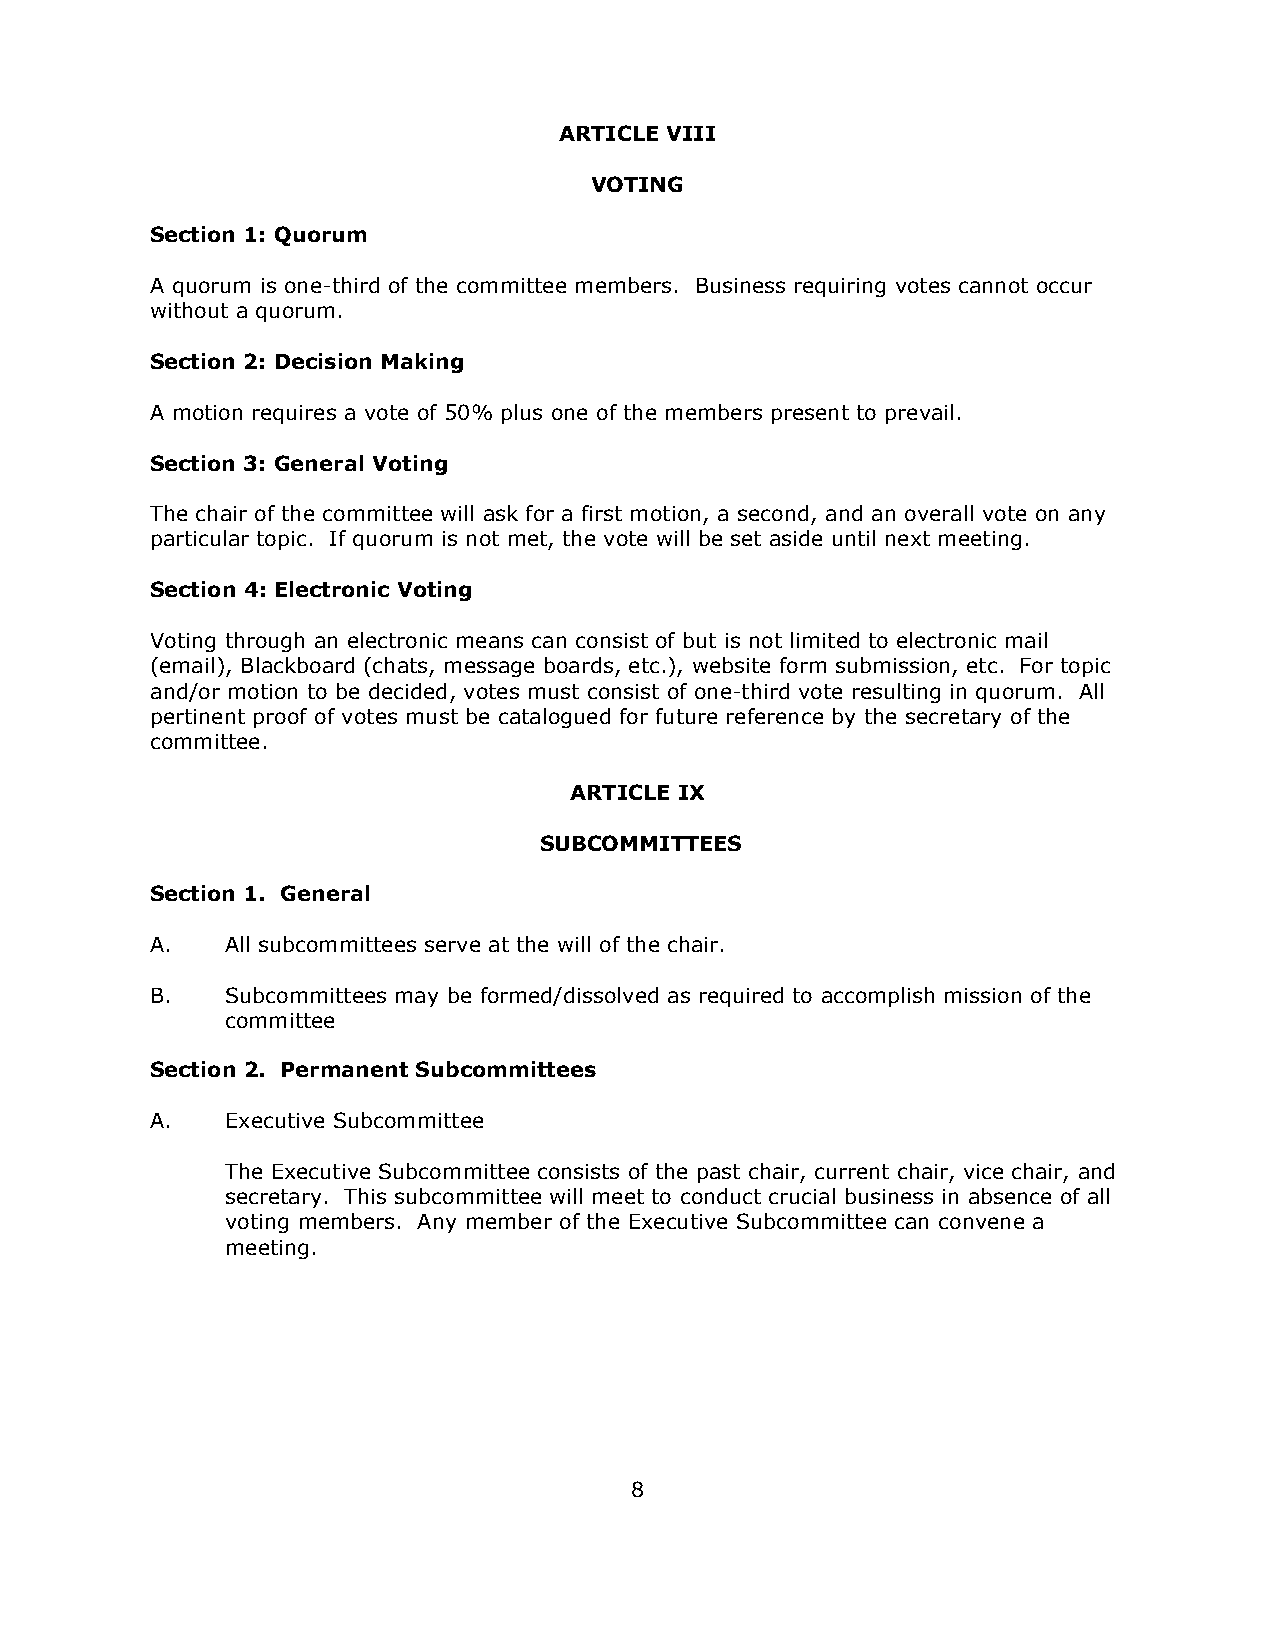
ARTICLE VIII
 VOTING
 Section 1: Quorum
 A quorum is one-third of the committee members. Business requiring votes cannot occur
 without a quorum.
 Section 2: Decision Making
 A motion requires a vote of 50% plus one of the members present to prevail.
 Section 3: General Voting
 The chair of the committee will ask for a first motion, a second, and an overall vote on any
 particular topic. If quorum is not met, the vote will be set aside until next meeting.
 Section 4: Electronic Voting
 Voting through an electronic means can consist of but is not limited to electronic mail
 (email), Blackboard (chats, message boards, etc.), website form submission, etc. For topic
 and/or motion to be decided, votes must consist of one-third vote resulting in quorum. All
 pertinent proof of votes must be catalogued for future reference by the secretary of the
 committee.
 ARTICLE IX
 SUBCOMMITTEES
 Section 1. General
 A.   All subcommittees serve at the will of the chair.
 B.   Subcommittees may be formed/dissolved as required to accomplish mission of the
 committee
 Section 2. Permanent Subcommittees
 A.   Executive Subcommittee
 The Executive Subcommittee consists of the past chair, current chair, vice chair, and
 secretary. This subcommittee will meet to conduct crucial business in absence of all
 voting members. Any member of the Executive Subcommittee can convene a
 meeting.
 8